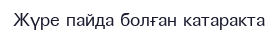
Жүре пайда болған катаракта